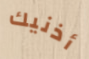
أذنيك